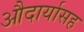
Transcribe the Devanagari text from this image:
औदार्यासह